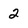
Character: 2